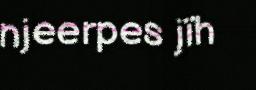
njeerpes jïh